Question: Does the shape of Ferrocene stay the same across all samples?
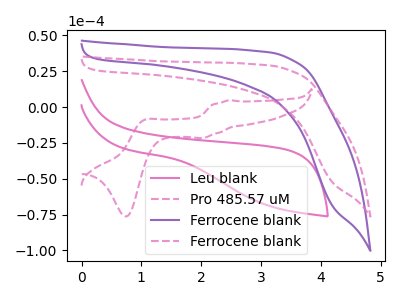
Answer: <think>The pink curve "Leu blank" has no peaks. The pink dashed curve "Pro 485.57 uM" has anodic peaks at (2.45V, 4.70uA) (1.05V, -9.00uA) and cathodic peaks at (2.05V, -21.65uA) (0.75V, -76.30uA). The purple curve "Ferrocene blank" has no peaks. The pink dashed curve "Ferrocene blank" has no peaks.
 "Leu blank" and "Pro 485.57 uM" have a different number of peaks. Neither "Leu blank" or "Ferrocene blank" have any peaks. Neither "Leu blank" or "Ferrocene blank" have any peaks. "Pro 485.57 uM" and "Ferrocene blank" have a different number of peaks. "Pro 485.57 uM" and "Ferrocene blank" have a different number of peaks. Neither "Ferrocene blank" or "Ferrocene blank" have any peaks.</think>
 <answer>All the CV's of "Ferrocene" have similar shape.</answer>
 <eval>follow_rule</eval>